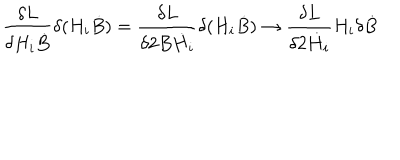
{ \frac { \delta L } { \delta H _ { i } \dot { B } } } \delta ( H _ { i } \dot { B } ) = { \frac { \delta L } { \delta 2 B \dot { H } _ { i } } } \delta ( H _ { i } \dot { B } ) \to { \frac { \delta L } { \delta 2 \dot { H } _ { i } } } H _ { i } \delta \dot { B }